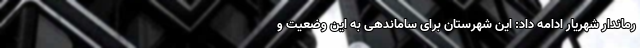
رماندار شهریار ادامه داد: این شهرستان برای ساماندهی به این وضعیت و